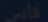
قاسیس